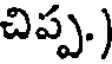
చిప్ప.)